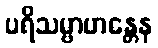
ပရိသမ္ဗာဟန္တေန